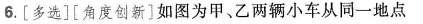
6.[多选][角度创新]如图为甲、乙两辆小车从同一地点